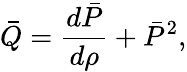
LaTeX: \bar{Q}=\frac{d\bar{P}}{d\rho}+\bar{P}^{2},